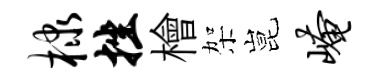
棣挫檜架昆崦